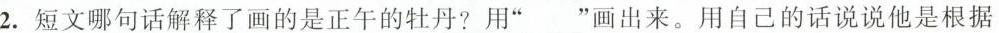
2.短文哪句话解释了画的是正午的牡丹?用”___”画出来。用自己的话说说他是根据